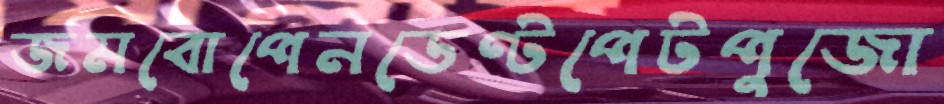
জমবোপেনডেণ্টপেটপুজো